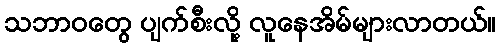
သဘာဝတွေ ပျက်စီးလို့ လူနေအိမ်များလာတယ်။